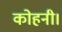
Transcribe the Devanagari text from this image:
कोहनी।